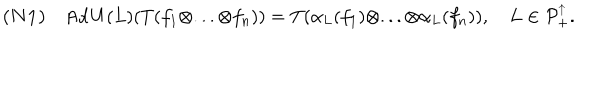
LaTeX: { \bf ( N 1 ) } \quad \mathrm { A d } \, U ( L ) ( T ( f _ { 1 } \otimes . . . \otimes f _ { n } ) ) = T ( \alpha _ { L } ( f _ { 1 } ) \otimes . . . \otimes \alpha _ { L } ( f _ { n } ) ) , \quad L \in { \cal P } _ { + } ^ { \uparrow } . \nonumber